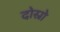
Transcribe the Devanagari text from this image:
दोस्रो